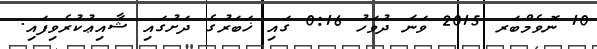
10 ނޮވެމްބަރ 2015 ވަނަ ދުވަހު 0:16 ގައި ޚަބަރުގެ ދަށުގައި ޝާއިޢުކުރެވިފައި.